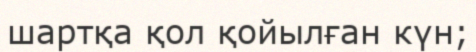
шартқа қол қойылған күн;